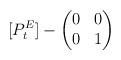
LaTeX: \begin{align*}[P^E_t] - \begin{pmatrix}0& 0\\0& 1\end{pmatrix}\end{align*}